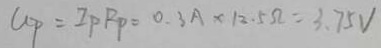
U _ { P } = I _ { P } R _ { P } = 0 . 3 A \times 1 2 . 5 \Omega = 3 . 7 5 V